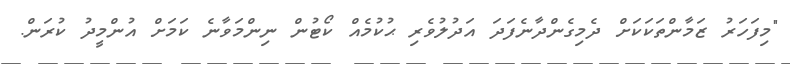
"މިފަހަރު ޒަމާންތަކަކަށް ދެމިގެންދާނެފަދަ އަދުލުވެރި ޙުކުމެއް ކޯޓުން ނިންމަވާނެ ކަމަށް އުންމީދު ކުރަން.